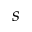
s